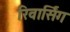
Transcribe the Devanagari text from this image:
रिवार्सिंग